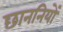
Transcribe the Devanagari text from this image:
छाननियों